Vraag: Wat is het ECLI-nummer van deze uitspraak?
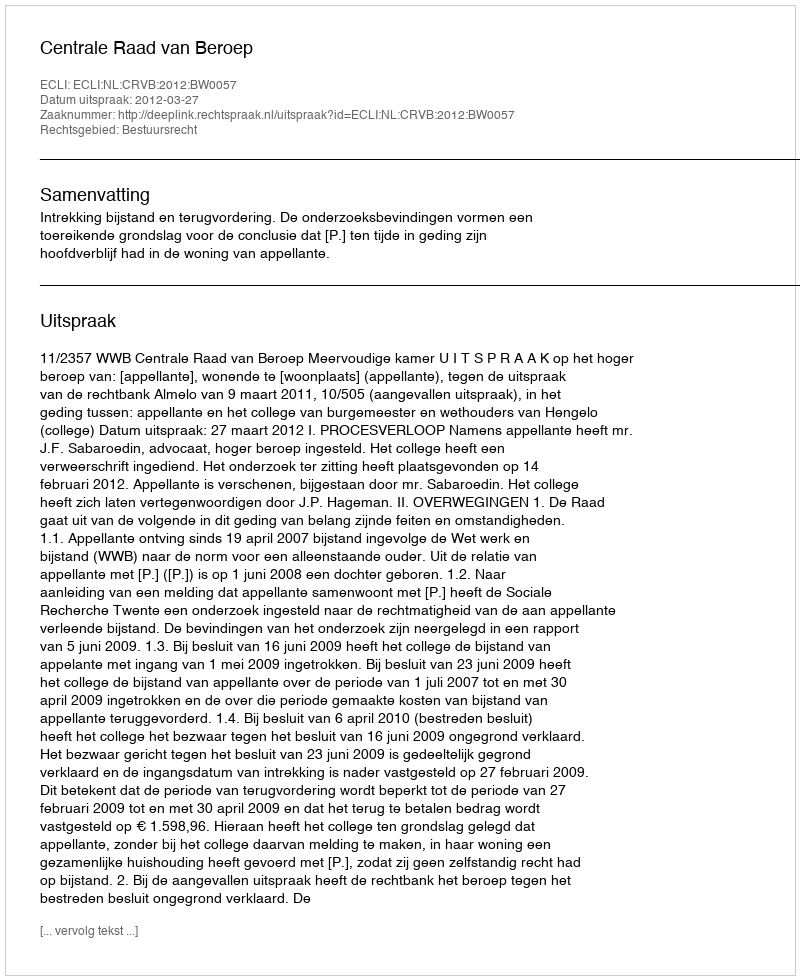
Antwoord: ECLI:NL:CRVB:2012:BW0057